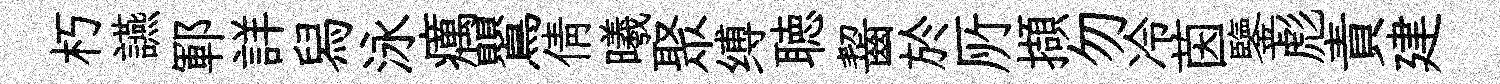
朽讌鄆詳舄泳癘鸎倩曦聚缚聴齧於𠩄擷勿冷茵鑒彪責建